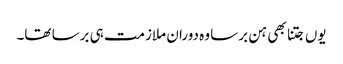
یوں جتنا بھی ہن برسا وہ دوران ملازمت ہی برسا تھا۔